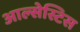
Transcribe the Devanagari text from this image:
आल्सेस्टिस